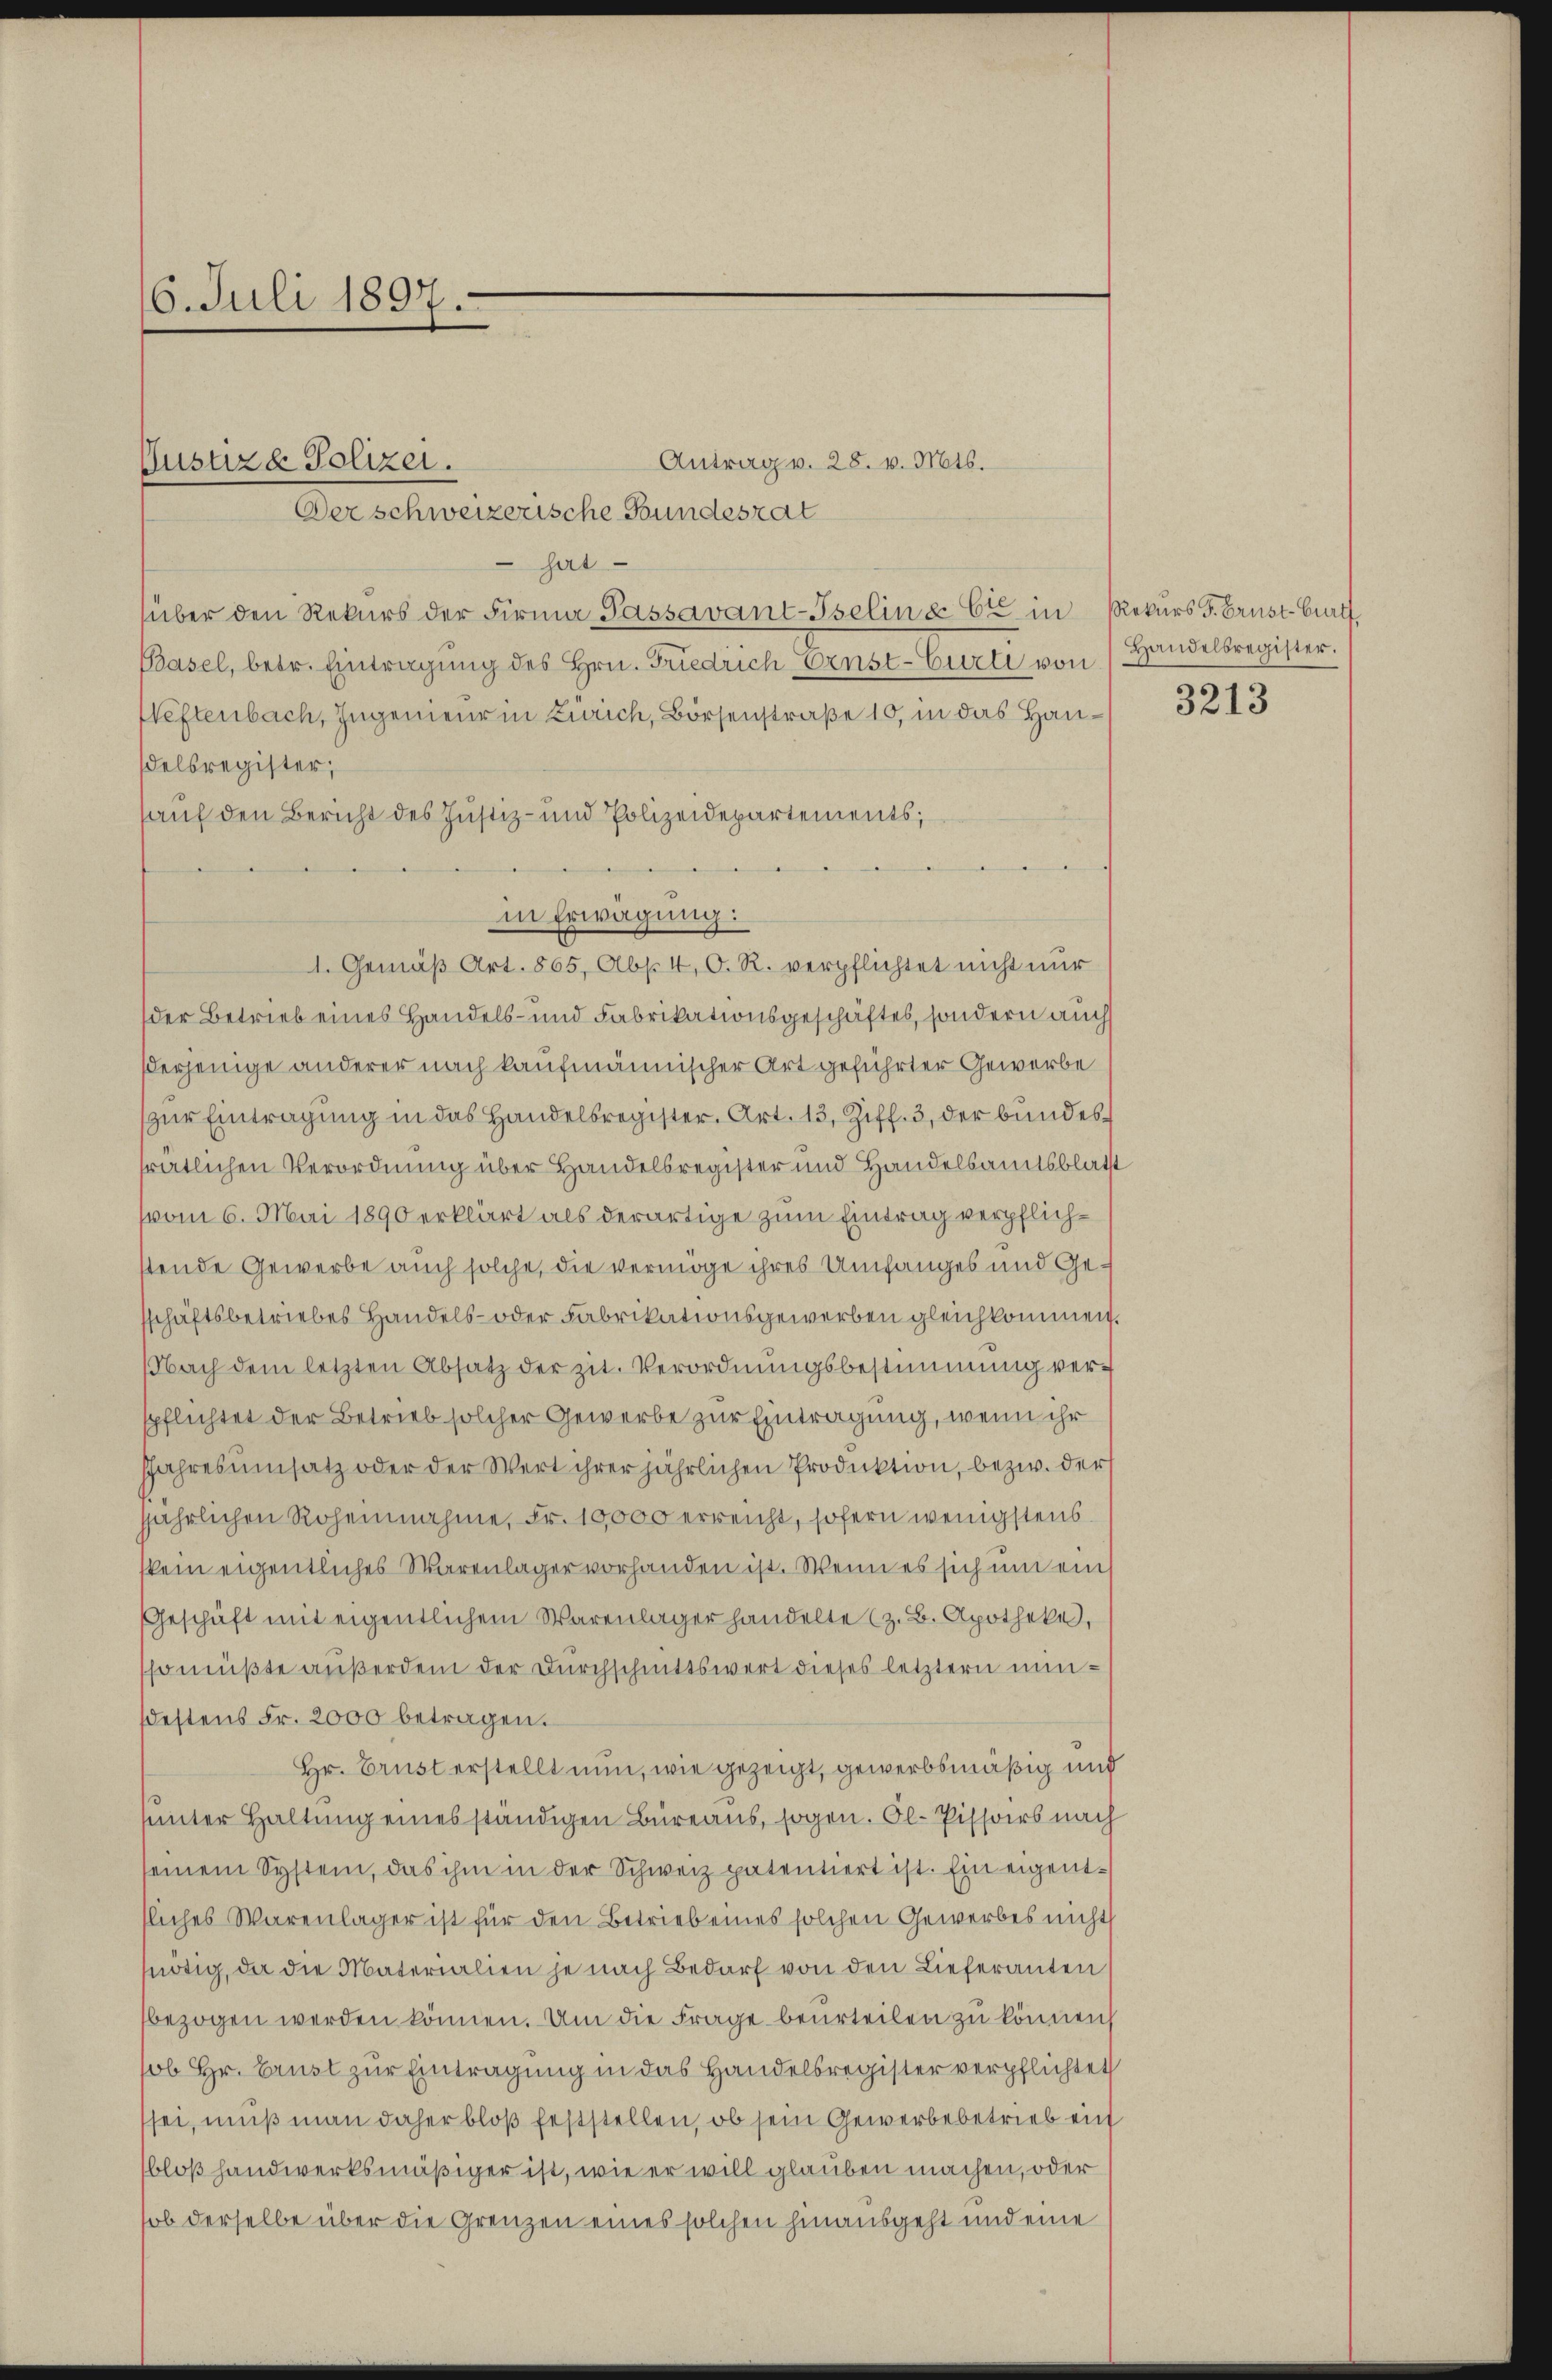
16. Juli 1897.

Antrag v. 28. v. Mts.
Der schweizerische Bundesrat
hat
über den Rekurs der Firma Passavant-Iselin & Cie in Rekurs F. Brust-Burt,
Basel, betr. Eintragung des Hrn. Friedrich Ernst-Curti von
Heftenbach, Ingenieur in Zürich, Börsenstraße 10, in das Handelsregister;
hauf den Bericht des Justiz- und Polizeidepartements;
in Erwägung:
1. Gemäβ Art. 865, Abs. 4, O. R. verpflichtet nicht nur
der Betrieb eines Handels- und Fabrikationsgeschäftes, sondern auch
Perjenige anderer nach kaufmännischer Art geführter Gewerbe
zur Eintragung in das Handelsregister. Art. 13, Ziff. 3, der bundessrätlichen Verordnung über Handelsregister und Handelsamtsblatt
(vom 6. Mai 1890 erklärt als derartige zum Eintrag verpflichstende Gewerbe auch solche, die vermöge ihres Umfanges und Gesschäftsbetriebes Handels- oder Fabrikationsgewerben gleichkommen.
NNach dem letzten Absatz der zit. Verordnungsbestimmung verspflichtet der Betrieb solcher Gewerbe zur Eintragung, wenn ihr
Jahresumsatz oder der Wert ihrer jährlichen Produktion, bezw. der
jjährlichen Roheinnahme, Fr. 10,000 erreicht, sofern wenigstens.
kein eigentliches Warenlager vorhanden ist. Wenn es sich um ein
Geschäft mit eigentlichem Warenlager handelte (z. B. Apotheke,
sso müßte außerdem der Durchschnittswert dieses letztern minsdestens Fr. 2000 betragen.
Hr. Brust erstellt nun, wie gezeigt, gewerbsmäßig und
sunter Haltung eines ständigen Bureaus, sogen. Ol- Pissoirs nach
seinem System, das ihm in der Schweiz patentiert ist. Ein eigentsliches Warenlager ist für den Betrieb eines solchen Gewerbes nicht
snötig, da die Materialien je nach Bedarf von den Lieferanten
bezogen werden können. Um die Frage beurteilen zu können
ob Hr. Brust zur Eintragung in das Handelsregister verpflichtet
sei, muß man daher bloß feststellen, ob sein Gewerbebetrieb ein
bloß Handwerksmäßiger ist, wie er will glauben machen, oder
ob derselbe über die Grenzen eines solchen hinausgeht und eine

Justizd Polizei.

Handelsregister.

3213